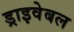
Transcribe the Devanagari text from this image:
ड्राइवेबल